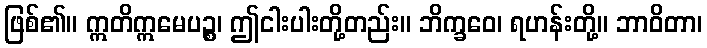
ဖြစ်၏။ ဣတိဣမေပဉ္စ၊ ဤငါးပါးတို့တည်း။ ဘိက္ခဝေ၊ ရဟန်းတို့။ ဘာဝိတာ၊